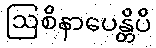
ဩစိနာပေန္တိပိ